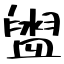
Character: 盥